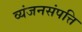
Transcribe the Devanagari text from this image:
व्यंजनसंपत्ति